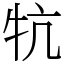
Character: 牨